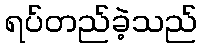
ရပ်တည်ခဲ့သည်